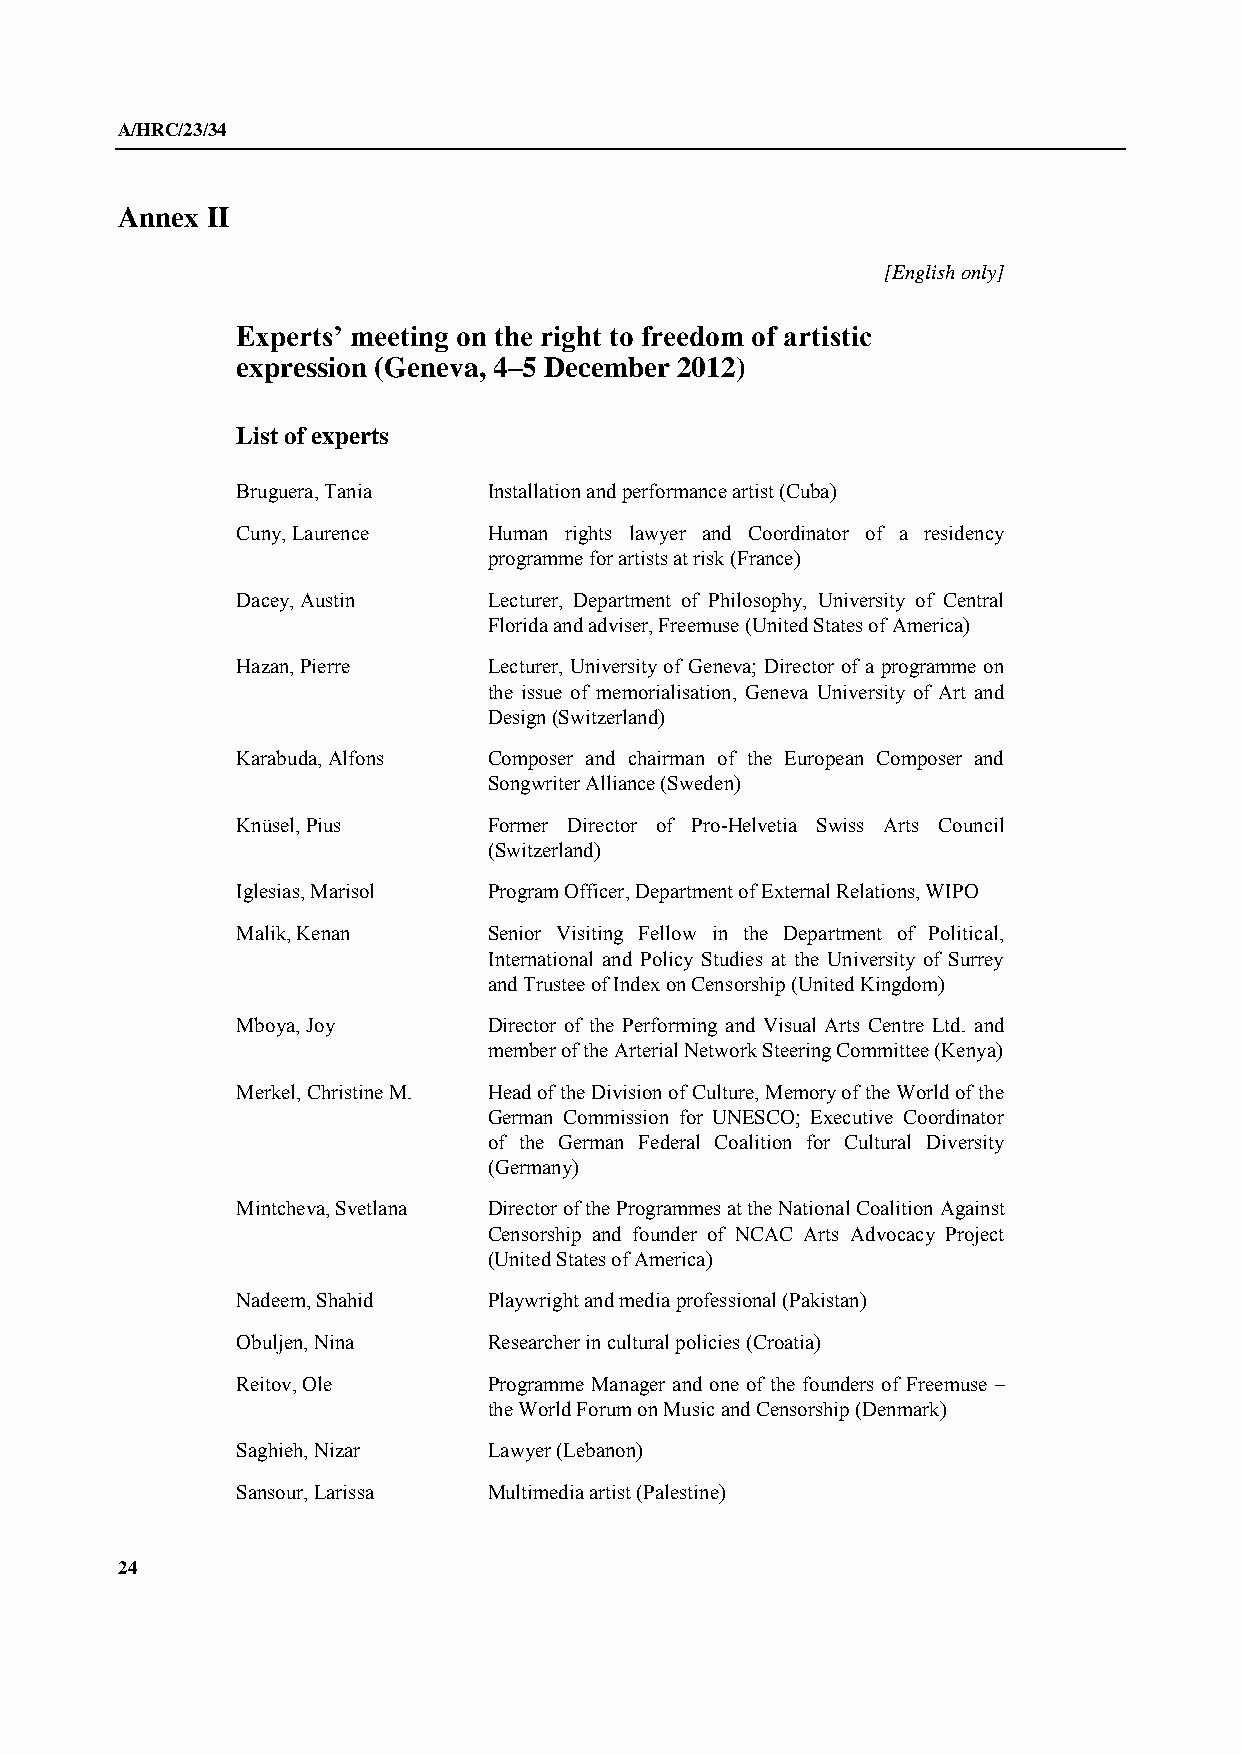
A/HRC/23/34
 Annex II
 [English only]
 Experts’ meeting on the right to freedom of artistic
 expression (Geneva, 4–5 December 2012)
 List of experts
 Bruguera, Tania Installation and performance artist (Cuba)
 Cuny, Laurence  Human rights lawyer and Coordinator of a residency
 programme for artists at risk (France)
 Dacey, Austin   Lecturer, Department of Philosophy, University of Central
 Florida and adviser, Freemuse (United States of America)
 Hazan, Pierre   Lecturer, University of Geneva; Director of a programme on
 the issue of memorialisation, Geneva University of Art and
 Design (Switzerland)
 Karabuda, Alfons Composer and chairman of the European Composer and
 Songwriter Alliance (Sweden)
 Knüsel, Pius    Former Director of Pro-Helvetia Swiss Arts Council
 (Switzerland)
 Iglesias, Marisol Program Officer, Department of External Relations, WIPO
 Malik, Kenan    Senior Visiting Fellow in the Department of Political,
 International and Policy Studies at the University of Surrey
 and Trustee of Index on Censorship (United Kingdom)
 Mboya, Joy      Director of the Performing and Visual Arts Centre Ltd. and
 member of the Arterial Network Steering Committee (Kenya)
 Merkel, Christine M. Head of the Division of Culture, Memory of the World of the
 German Commission for UNESCO; Executive Coordinator
 of the German Federal Coalition for Cultural Diversity
 (Germany)
 Mintcheva, Svetlana Director of the Programmes at the National Coalition Against
 Censorship and founder of NCAC Arts Advocacy Project
 (United States of America)
 Nadeem, Shahid  Playwright and media professional (Pakistan)
 Obuljen, Nina   Researcher in cultural policies (Croatia)
 Reitov, Ole     Programme Manager and one of the founders of Freemuse –
 the World Forum on Music and Censorship (Denmark)
 Saghieh, Nizar  Lawyer (Lebanon)
 Sansour, Larissa Multimedia artist (Palestine)
 24